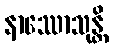
နာဿောသုန္တိ